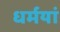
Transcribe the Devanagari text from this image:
धर्मयां